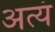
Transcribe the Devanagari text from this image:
अत्यं